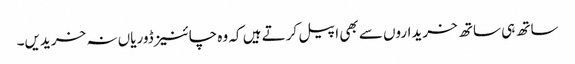
ساتھ ہی ساتھ خریداروں سے بھی اپیل کرتے ہیں کہ وہ چائنیز ڈوریاں نہ خریدیں۔